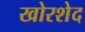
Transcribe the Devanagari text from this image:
खोरशेद